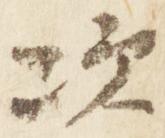
次